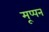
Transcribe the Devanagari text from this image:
मूप्पन